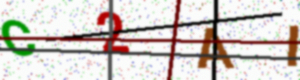
Text: C2AI